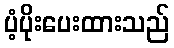
ပံ့ပိုးပေးထားသည်